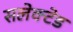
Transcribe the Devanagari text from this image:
सलेक्टेड